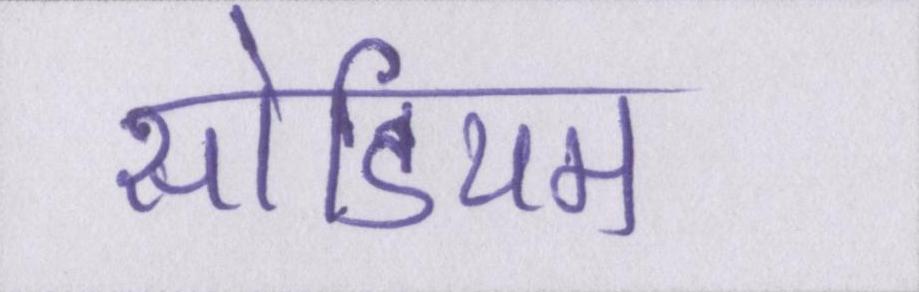
सोडियम